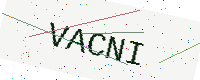
Text: VACNI